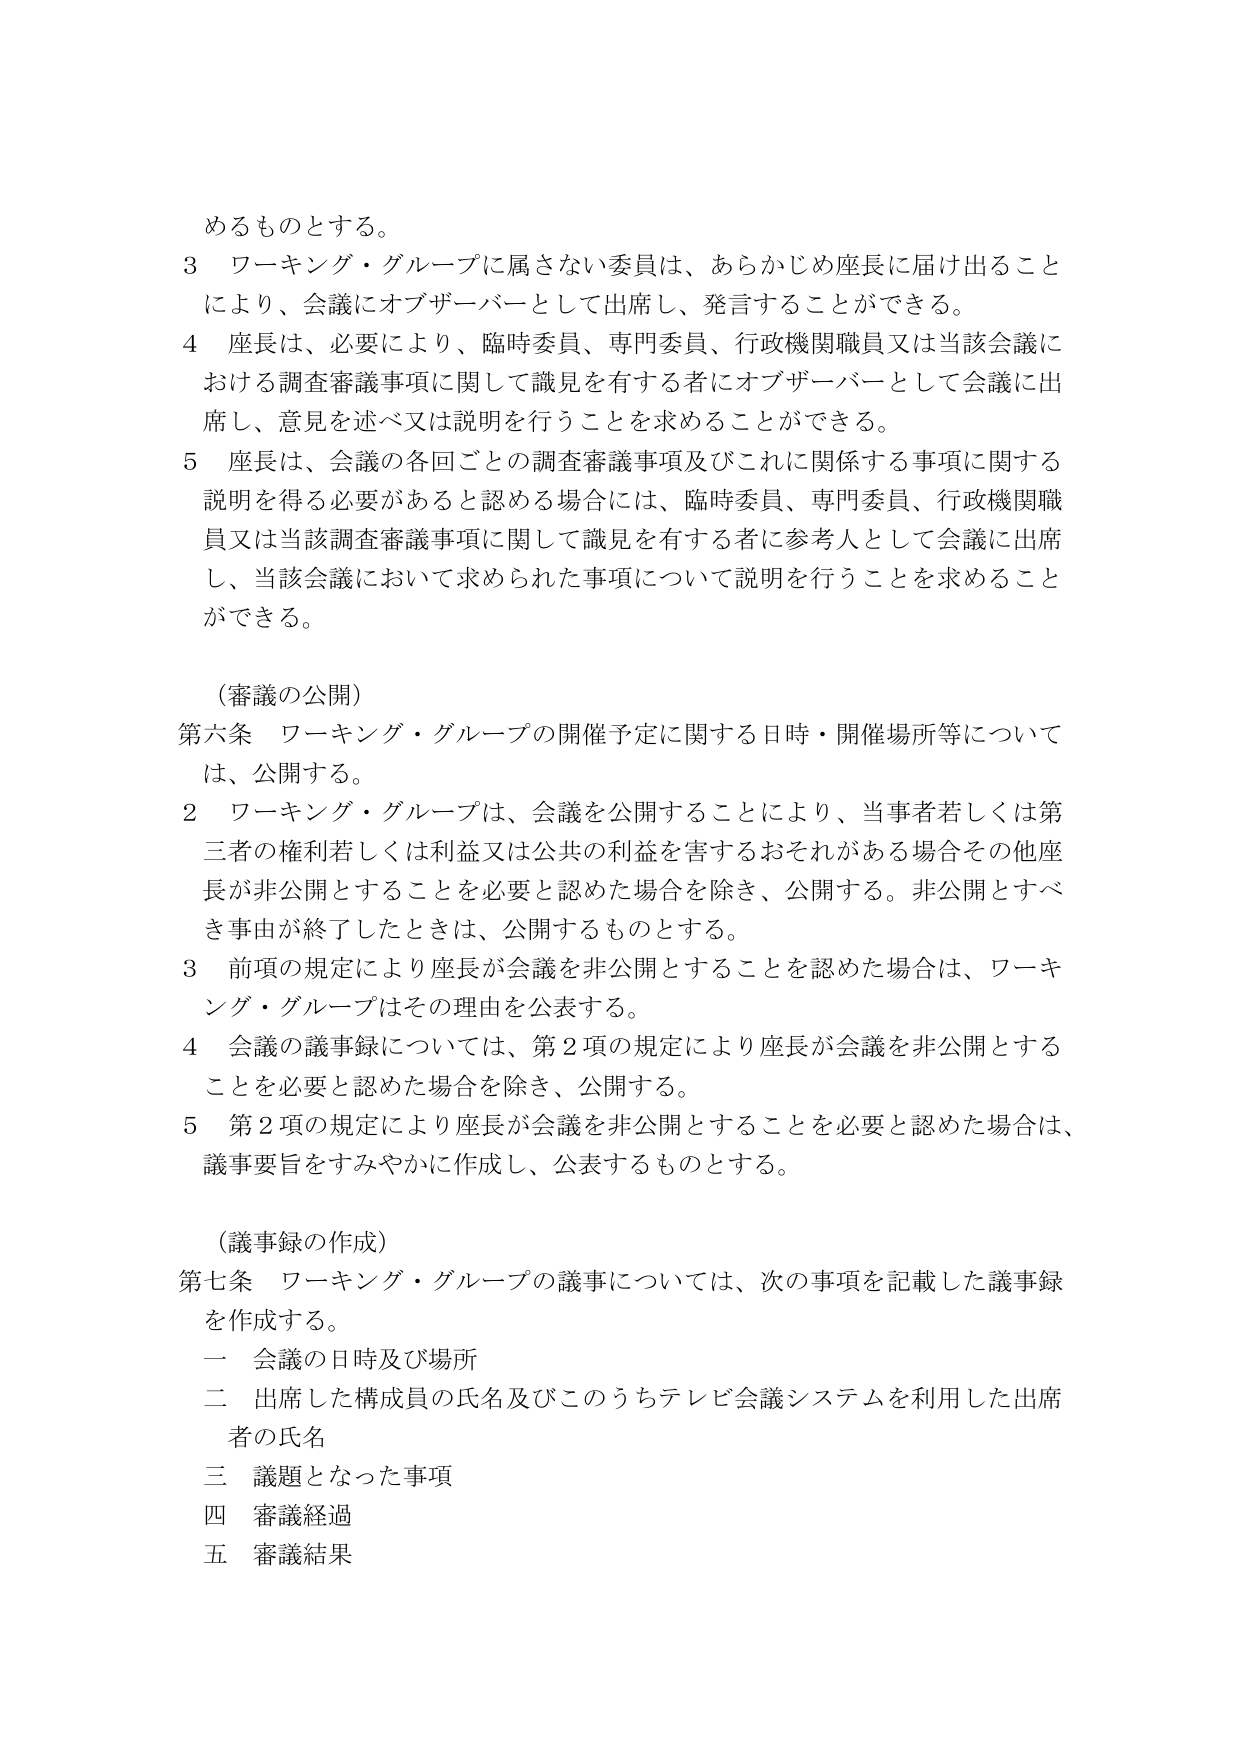
めるものとする。

３ ワーキング・グループに属さない委員は、あらかじめ座長に届け出ることにより、会議にオブザーバーとして出席し、発言することができる。

４ 座長は、必要により、臨時委員、専門委員、行政機関職員又は当該会議における調査審議事項に関して識見を有する者にオブザーバーとして会議に出席し、意見を述べ又は説明を行うことを求めることができる。

５ 座長は、会議の各回ごとの調査審議事項及びこれに関係する事項に関する説明を得る必要があると認める場合には、臨時委員、専門委員、行政機関職員又は当該調査審議事項に関して識見を有する者に参考人として会議に出席し、当該会議において求められた事項について説明を行うことを求めることができる。

（審議の公開）

第六条 ワーキング・グループの開催予定に関する日時・開催場所等については、公開する。

２ ワーキング・グループは、会議を公開することにより、当事者若しくは第三者の権利若しくは利益又は公共の利益を害するおそれがある場合その他座長が非公開とすることを必要と認めた場合を除き、公開する。非公開とすべき事由が終了したときは、公開するものとする。

３ 前項の規定により座長が会議を非公開とすることを認めた場合は、ワーキング・グループはその理由を公表する。

４ 会議の議事録については、第２項の規定により座長が会議を非公開とすることを必要と認めた場合を除き、公開する。

５ 第２項の規定により座長が会議を非公開とすることを必要と認めた場合は、議事要旨をすみやかに作成し、公表するものとする。

（議事録の作成）

第七条 ワーキング・グループの議事については、次の事項を記載した議事録を作成する。

一 会議の日時及び場所

二 出席した構成員の氏名及びこのうちテレビ会議システムを利用した出席者の氏名

三 議題となった事項

四 審議経過

五 審議結果